Lunatic asylums Bombay report 1878-1890 - 1878-1890
Year: 1878
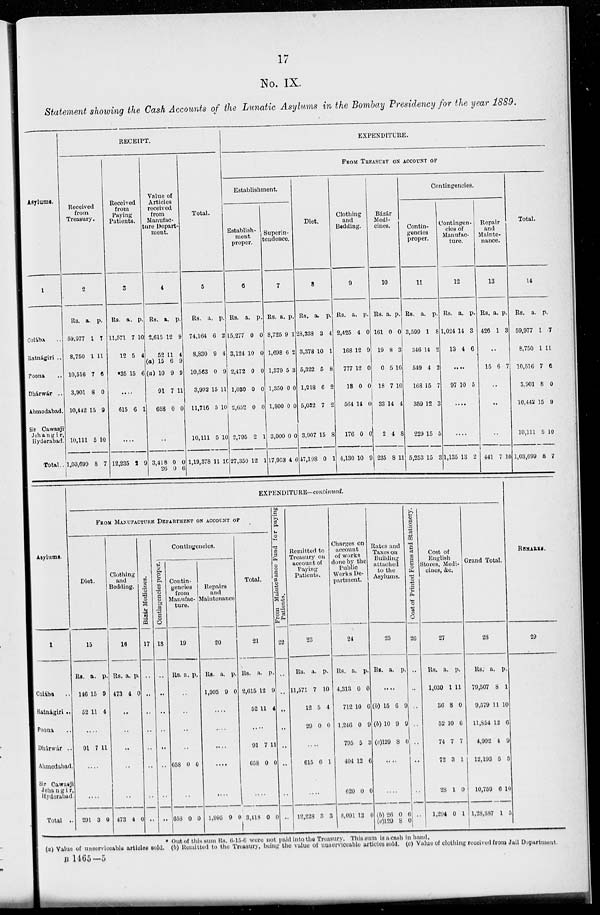
17
No. IX.
Statement showing the Cash Accounts of the Lunatic Asylums in the Bombay Presidency for the year 1889.
Asylums.
1
Colába ..
Ratnágiri ..
Poona ..
Dhárwár ..
Ahmedabad.
Sir Cawasji
Jehangir,
Hyderabad.
Total ..
RECEIPT.
Received
from
Treasury.
2
Rs.
59,977
8,750
10,516
3,901
10,442
10,111
1,03,699
a.
1
1
7
8
15
5
8
p.
7
11
6
0
9
10
7
Received
from
Paying
Patients.
3
Rs.
11,571
12
*35
a.
7
5
15
p.
10
4
6
....
615 6 1
....
12,235 2 9
Value of
Articles
received
from
Manufac-
ture Depart-
ment.
4
Rs.
2,615
52
(a) 15
(a) 10
91
658
a.
12
11
6
9
7
0
p.
9
4
9
9
11
0
3,418
26
0
0
0
6
Total.
5
Rs.
74,164
8,830
10,563
3,992
11,716
10,111
1,19,378
a.
6
9
0
15
5
5
11
p.
2
4
9
11
10
10
10
EXPENDITURE.
FROM TREASURY ON ACCOUNT OF
Establishment.
Establish-
ment
proper.
6
Rs.
15,277
3,124
2,472
1,030
2,652
2,795
27,350
a.
0
10
0
0
0
2
12
p.
0
0
0
0
0
1
1
Superin-
tendence.
7
Rs.
8,725
1,698
1,379
1,350
1,800
3,000
17,953
a.
9
6
5
0
0
0
4
p.
1
2
3
0
0
0
6
Diet.
8
Rs.
28,338
3,378
5,322
1,218
5,032
3,907
47,198
a.
3
10
5
6
7
15
0
p.
4
1
8
2
2
8
1
Clothing
and
Bedding.
9
Rs.
2,425
168
777
18
564
176
4,130
a.
4
12
12
0
14
0
10
p.
0
9
0
0
0
0
0
Bázár
Medi-
cines.
10
Rs.
161
19
0
18
33
2
235
a.
0
8
5
7
14
4
8
p.
0
3
10
10
4
8
11
Contingencies.
Contin-
gencies
proper.
11
Rs.
3,599
346
549
168
359
229
5,253
a.
1
14
4
15
12
15
15
p.
8
2
2
7
3
5
3
Contingen-
cies of
Manufac-
ture.
12
Rs.
1,024
13
a.
14
4
p.
3
6
....
97 10 5
....
...
1,135 13 2
Repair
and
Mainte-
nance.
13
Rs.
426
a.
1
p.
3
..
15 6 7
...
...
...
441 7 10
Total.
14
Rs.
59,977
8,750
10,516
3,901
10,442
10,111
1,03,699
a.
1
1
7
8
15
5
8
p.
7
11
6
0
9
10
7
Asylums.
1
Colába ..
Ratnágiri ..
Poona ..
Dhárwár ..
Ahmedabad.
Sir Cawasji
Jehangir,
Hyderabad.
Total ..
EXPENDITURE—continued.
FROM MANUFACTURE DEPARTMENT ON ACCOUNT OF
Diet.
15
Rs.
146
52
a.
15
11
p.
9
4
....
91 7 11
....
....
291 3 0
Clothing
and
Bedding.
16
Rs.
473
a.
4
p.
0
..
..
..
..
..
473 4 0
Bázár Medicines.
17
..
..
..
..
..
..
..
..
Contingencies.
Contingencies proper.
18
..
..
..
..
..
..
..
..
Contin-
gencies
from
Manufac-
ture.
19
Rs. a. p.
..
..
..
..
658 0 0
..
658 0 0
Repairs
and
Maintenance
20
Rs.
1,995
a.
9
p.
0
...
...
...
....
....
1,995 9 0
Total.
21
Rs.
2,615
52
a.
12
11
p.
9
4
....
91
658
7
0
11
0
....
3,418 0 0
From
Maintenance Fund for paying
Patients.
22
..
..
..
..
..
..
..
..
Remitted to
Treasury on
account of
Paying
Patients.
23
Rs.
11,571
12
29
a.
7
5
0
p.
10
4
0
...
615 6 1
....
12,228 3 3
Charges on
account
of works
done by the
Public
Works De-
partment.
24
Rs.
4,313
712
1,246
795
404
620
8,091
a.
0
10
0
5
13
0
13
p.
0
6
9
3
6
0
0
Rates and
Taxes on
Building
attached
to the
Asylums.
25
Rs. a. p.
....
(b) 15
(b) 10
(c) 129
6
9
8
9
9
0
....
....
(b) 26
(c) 120
0
8
6
0
Cost of Printed Forms and Stationery.
26
..
..
..
..
..
..
..
..
Cost of
English
Stores, Medi-
cines, &c.
27
Rs.
1,030
36
52
74
72
28
1,294
a.
1
8
10
7
3
1
0
p.
11
0
6
7
1
0
1
Grand Total.
28
Rs.
79,507
9,579
11,854
4,992
12,193
10,759
1,28,887
a.
8
11
12
4
5
6
1
p.
1
10
6
9
5
10
5
REMARKS.
29
* Out of this sum Rs. 6-15-6 were not paid into the Treasury. This sum is a cash in hand.
(a) Value of unserviceable articles sold. (b) Remitted to the Treasury, being the value of unserviceable articles sold. (c) Value of clothing received from Jail Department
B 1465—5